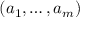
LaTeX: ( a _ { 1 } , \ldots , a _ { m } )